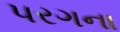
પરગના